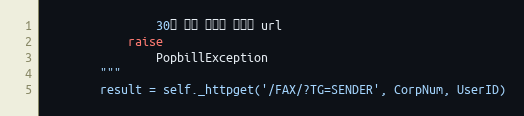
Language: Python
                30초 보안 토큰을 포함한 url
            raise
                PopbillException
        """
        result = self._httpget('/FAX/?TG=SENDER', CorpNum, UserID)